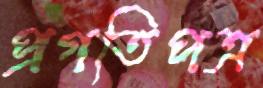
প্রগতিপত্র